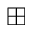
\boxplus